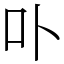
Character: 卟